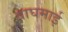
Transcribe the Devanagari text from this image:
वाघमाई